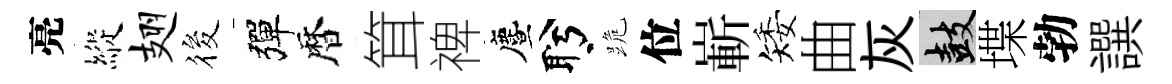
亮縱翅筱彈暦䇯禆󵨌盻跪位嶄矮曲灰鼓堞勃譔